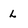
Character: L